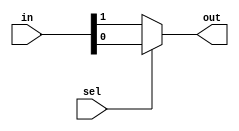
// SPDX-License-Identifier: MIT
// SPDX-FileCopyrightText: 2022 Tamas Hubai

`default_nettype none

module mux1 (
    input [1:0] in,
    input sel,
    output out
);

wire a, b;
assign {a, b} = in;

assign out = sel ? b : a;

endmodule


module mux2 (
    input [3:0] in,
    input [1:0] sel,
    output out
);

wire [1:0] a, b;
wire sh, sl, oa, ob;
assign {a, b} = in;
assign {sh, sl} = sel;

mux1 ma (
    .in(a),
    .sel(sh),
    .out(oa)
);

mux1 mb (
    .in(b),
    .sel(sh),
    .out(ob)
);

assign out = sl ? ob : oa;

endmodule


module mux3 (
    input [7:0] in,
    input [2:0] sel,
    output out
);

wire [3:0] a, b;
wire sl, oa, ob;
wire [1:0] sh;
assign {a, b} = in;
assign {sh, sl} = sel;

mux2 ma (
    .in(a),
    .sel(sh),
    .out(oa)
);

mux2 mb (
    .in(b),
    .sel(sh),
    .out(ob)
);

assign out = sl ? ob : oa;

endmodule


module mux4 (
    input [15:0] in,
    input [3:0] sel,
    output out
);

wire [7:0] a, b;
wire sl, oa, ob;
wire [2:0] sh;
assign {a, b} = in;
assign {sh, sl} = sel;

mux3 ma (
    .in(a),
    .sel(sh),
    .out(oa)
);

mux3 mb (
    .in(b),
    .sel(sh),
    .out(ob)
);

assign out = sl ? ob : oa;

endmodule